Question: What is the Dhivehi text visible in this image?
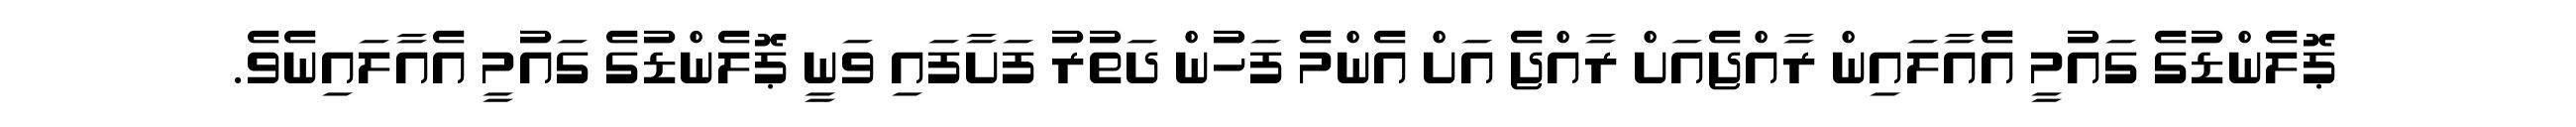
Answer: ޕޮލެންޑުގެ ގައުމީ އެއާލައިން ރާއްޖެއަށް ރާއްޖެ އަށް އެންމެ ފަހުން ދަތުރު ފަށާފައި ވަނީ ޕޮލެންޑުގެ ގައުމީ އެއާލައިނެވެ.